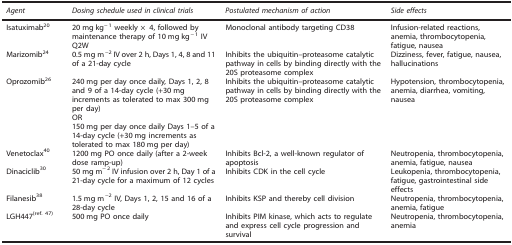
<table><thead><tr><td><b><i>Agent</i></b></td><td><b><i>Dosing schedule used in clinical trials</i></b></td><td><b><i>Postulated mechanism of action</i></b></td><td><b><i>Side effects</i></b></td></tr></thead><tbody><tr><td>Isatuximab<sup>20</sup></td><td>20 mg kg<sup>−1</sup> weekly × 4, followed by maintenance therapy of 10 mg kg<sup>−1</sup> IV Q2W</td><td>Monoclonal antibody targeting CD38</td><td>Infusion-related reactions, anemia, thrombocytopenia, fatigue, nausea</td></tr><tr><td>Marizomib<sup>24</sup></td><td>0.5 mg m<sup>−</sup><sup>2</sup> IV over 2 h, Days 1, 4, 8 and 11 of a 21-day cycle</td><td>Inhibits the ubiquitin–proteasome catalytic pathway in cells by binding directly with the 20S proteasome complex</td><td>Dizziness, fever, fatigue, nausea, hallucinations</td></tr><tr><td>Oprozomib<sup>26</sup></td><td>240 mg per day once daily, Days 1, 2, 8 and 9 of a 14-day cycle (+30 mg increments as tolerated to max 300 mg per day)OR150 mg per day once daily Days 1–5 of a 14-day cycle (+30 mg increments as tolerated to max 180 mg per day)</td><td>Inhibits the ubiquitin–proteasome catalytic pathway in cells by binding directly with the 20S proteasome complex</td><td>Hypotension, thrombocytopenia, anemia, diarrhea, vomiting, nausea</td></tr><tr><td>Venetoclax<sup>40</sup></td><td>1200 mg PO once daily (after a 2-week dose ramp-up)</td><td>Inhibits Bcl-2, a well-known regulator of apoptosis</td><td>Neutropenia, thrombocytopenia, anemia, fatigue, nausea</td></tr><tr><td>Dinaciclib<sup>30</sup></td><td>50 mg m<sup>−2</sup> IV infusion over 2 h, Day 1 of a 21-day cycle for a maximum of 12 cycles</td><td>Inhibits CDK in the cell cycle</td><td>Leukopenia, thrombocytopenia, fatigue, gastrointestinal side effects</td></tr><tr><td>Filanesib<sup>38</sup></td><td>1.5 mg m<sup>−</sup><sup>2</sup> IV, Days 1, 2, 15 and 16 of a 28-day cycle</td><td>Inhibits KSP and thereby cell division</td><td>Neutropenia, thrombocytopenia, anemia, fatigue</td></tr><tr><td>LGH447<sup>(ref. 47)</sup></td><td>500 mg PO once daily</td><td>Inhibits PIM kinase, which acts to regulate and express cell cycle progression and survival</td><td>Neutropenia, thrombocytopenia, anemia</td></tr></tbody></table>